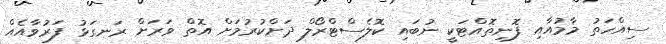
ސިއްހަތު މާމުއާއި ފޮނިތޮއްޓަކީ ނުބައި ކޮލެސްޓްރޯލް ދަށްކުރުމަށް އޮތް ވަރަށް ރަނގަޅު ފަރުވާއެއް